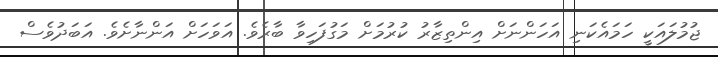
ޖުމުލައަކީ ހަމައެކަނި އަހަންނަށް އިންތިޒާރު ކުރުމަށް މަގުފަހިވާ ބާރެވެ. އަވަހަށް އަންނާށެވެ. އަބަދުވެސް